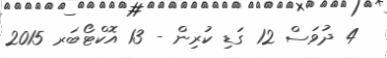
4 ދުވަސް 12 ގަޑި ކުރިން - 13 އޮކްޓޯބަރ 2015